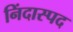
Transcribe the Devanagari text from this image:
निंदास्पद